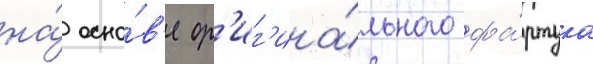
на́ осно́в'е ор'иг'ина́льного фа́ртука